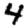
Digit: 4